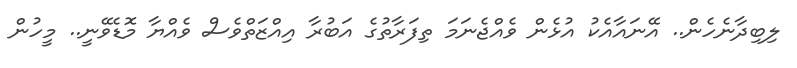
ލިބިދާނެހެން.. އޭނައާއެކު އުޅެން ވެއްޖެނަމަ ތިފަރާތުގެ އަބުރާ އިއްޒަތްވެސް ވެއްޔާ މޮޑެވޭނީ.. މީހުން